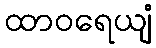
ထာဝရေယျံ